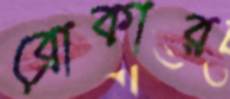
ব্রোকার